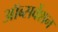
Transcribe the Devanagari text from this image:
ऑब्सर्वेशन